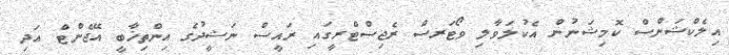
އިލެކްޝަންސް ކޮމިޝަނުން އެކުލަވާލި ވޯޓަރސް ރެޖިސްޓްރީގައި ރައީސް ނަޝީދުގެ އިންތިޚާބީ އޭޖެންޓް އަދި